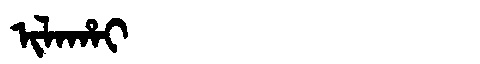
Manchu: ᡳᠯᠠᡥᠠᡳ
Romanization: ILAHAI